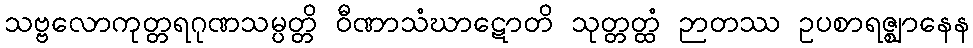
သဗ္ဗလောကုတ္တရဂုဏသမ္ပတ္တိ ဝီဏာသံဃာဋောတိ သုတ္တတ္ထံ ဉာတဿ ဥပစာရဇ္ဈာနေန